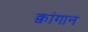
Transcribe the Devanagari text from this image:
क्वांगान